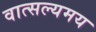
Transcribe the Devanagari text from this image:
वात्सल्यमय